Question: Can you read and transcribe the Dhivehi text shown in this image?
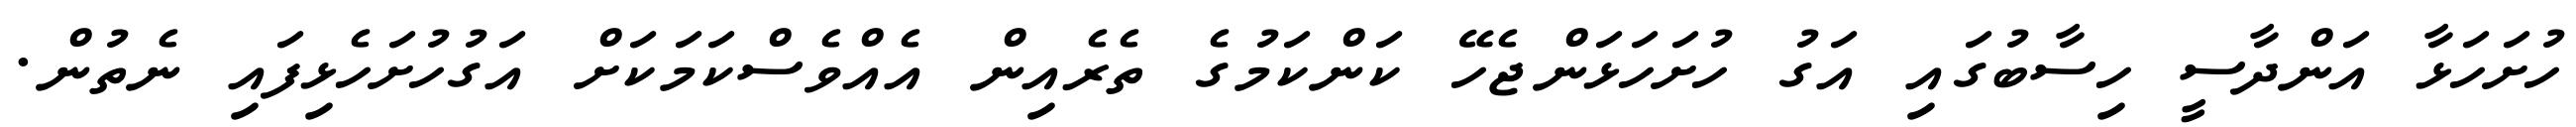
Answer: ހުށަހަޅާ އަންދާސީ ހިސާބުގައި އަގު ހުށަހަޅަންޖެހޭ ކަންކަމުގެ ތެރެއިން އެއްވެސްކަމަކަށް އަގުހުށަހެޅިފައި ނެތުން.